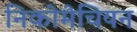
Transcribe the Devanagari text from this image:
निकोमेचियन